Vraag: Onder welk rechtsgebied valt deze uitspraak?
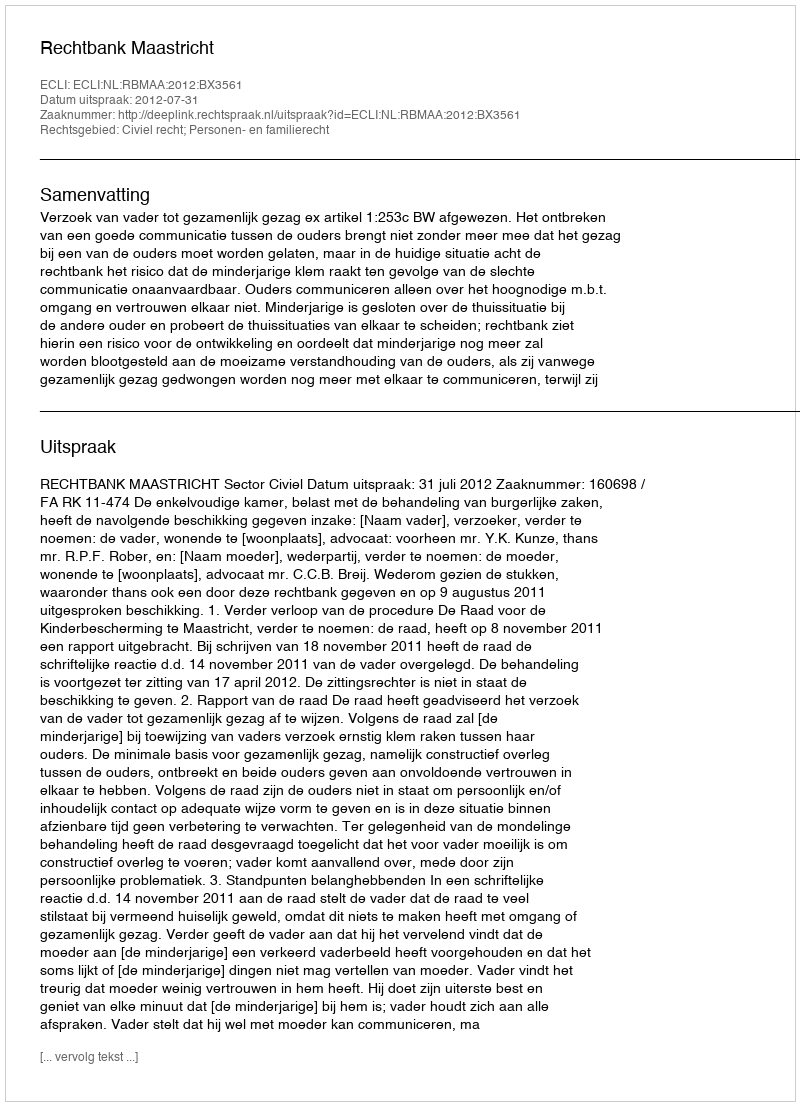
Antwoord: Civiel recht; Personen- en familierecht